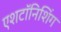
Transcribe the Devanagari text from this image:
एशटॉनिशिंग